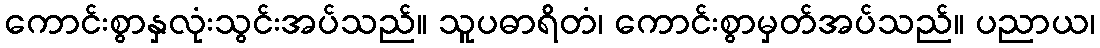
ကောင်းစွာနှလုံးသွင်းအပ်သည်။ သူပဓာရိတံ၊ ကောင်းစွာမှတ်အပ်သည်။ ပညာယ၊